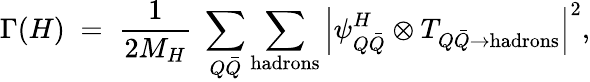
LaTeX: \Gamma(H)\; =\; {\frac{1}{2M_{H}}}\; \sum_{Q\bar{Q}}\sum_{\mathrm{hadrons}}\left|\psi_{Q\bar{Q}}^{H}\otimes T_{Q\bar{Q}\to\mathrm{hadrons}}\right|^{2},